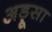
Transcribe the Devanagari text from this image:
अड़ूसा